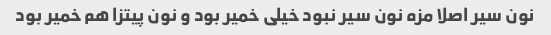
نون سیر اصلا مزه نون سیر نبود خیلی خمیر بود و نون پیتزا هم خمیر بود